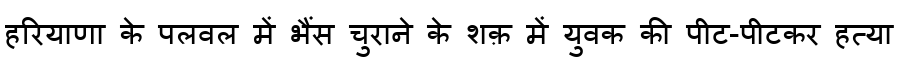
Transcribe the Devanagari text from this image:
हरियाणा के पलवल में भैंस चुराने के शक़ में युवक की पीट-पीटकर हत्या